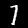
Label: 7